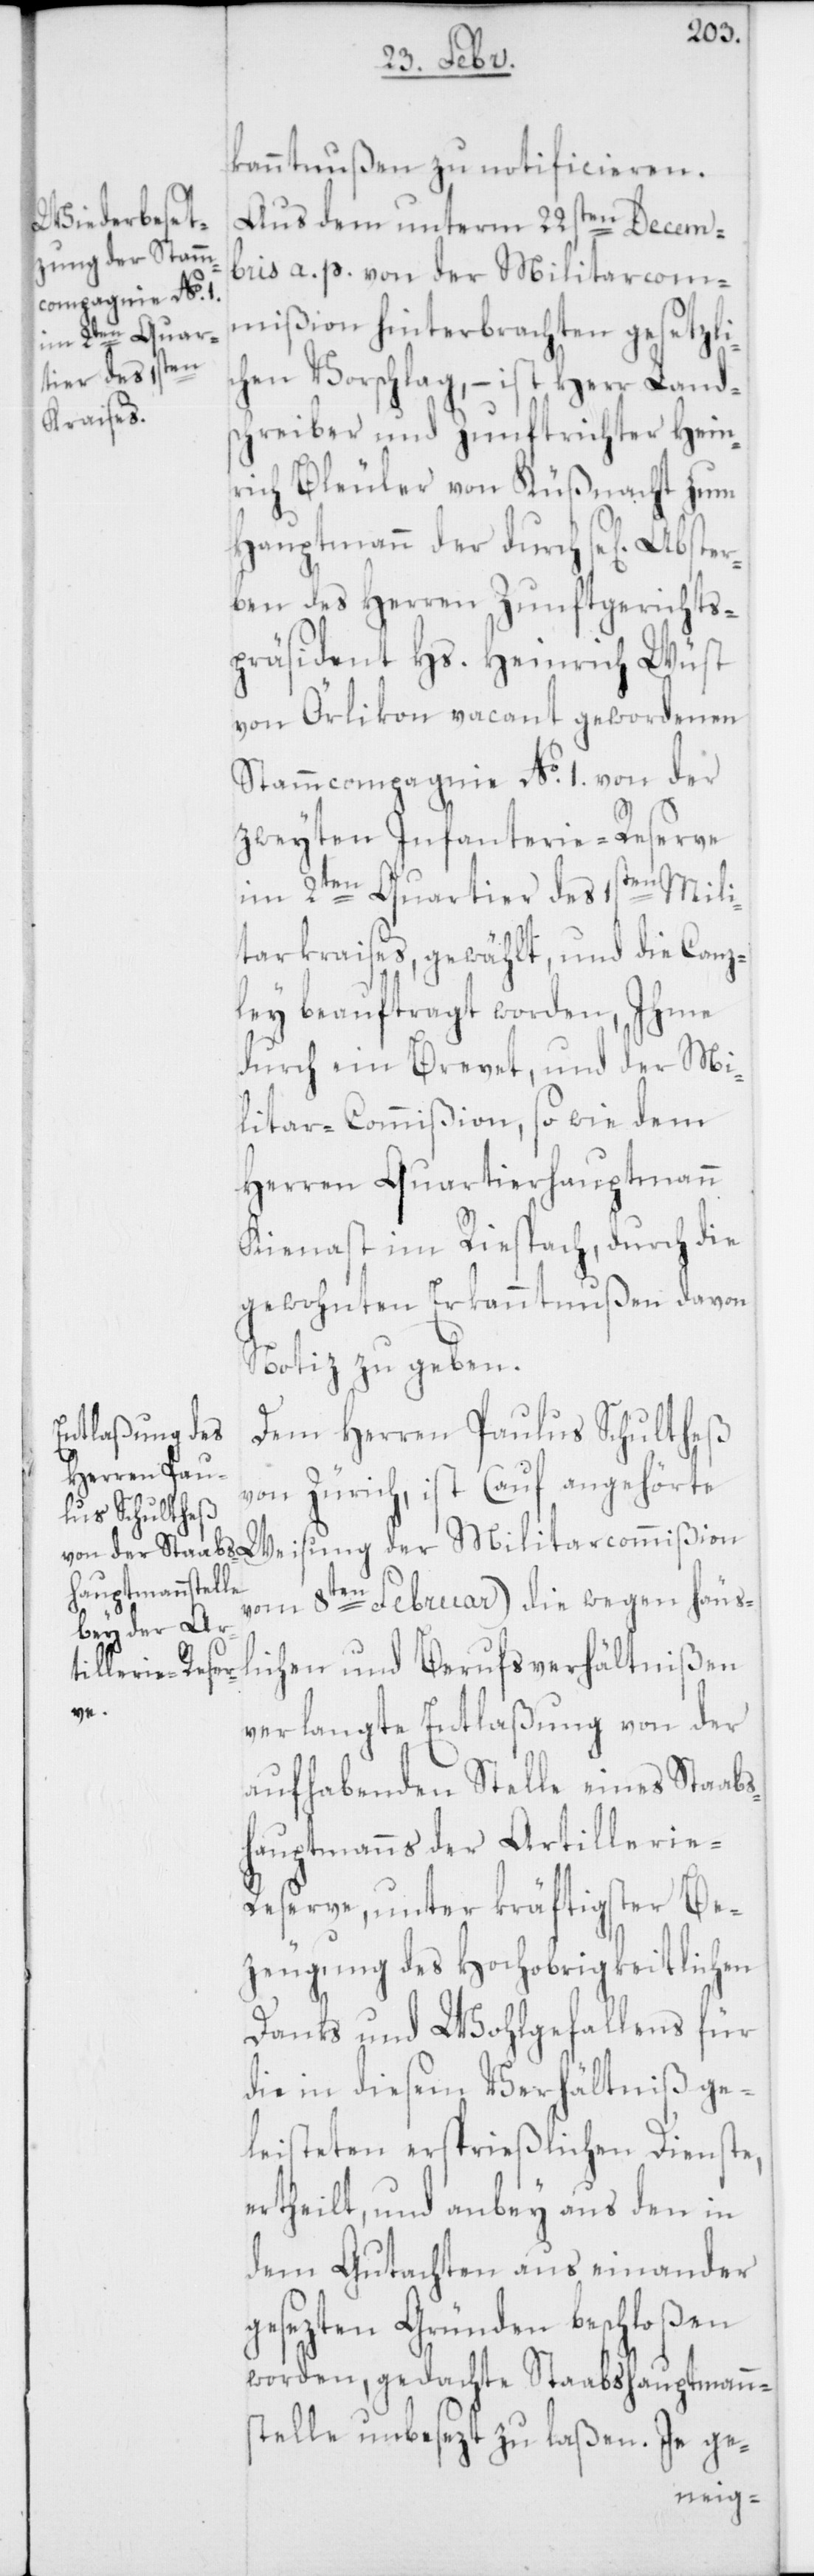
kanntnußen zu notificieren.
Aus dem unterm 22sten Decem¬
bris a. p. von der Militarcom¬
mißion hinterbrachten gesetzli¬
chen Vorschlag, – ist Herr Land¬
schreiber und Zunftrichter Hein¬
rich Bleuler von Küßnacht zum
Hauptmann der durch sel. Abster¬
ben des Herren Zunftgerichts¬
präsident Hs. Heinrich Wüst
von Örlikon vacant gewordenen
Stammcompagnie No. 1. von der
zweyten Infanterie-Reserve
im 2ten Quartier des 1sten Mili¬
tarkraises, gewählt, und die Canz¬
ley beauftragt worden, Ihme
durch ein Brevet, und der Mi¬
litar-Commißion, sowie dem
Herren Quartierhauptmann
Kienast im Riespach, durch die
gewohnten Erkanntnußen davon
Notiz zu geben.
Dem Herren Paulus Schultheß
von Zürich, ist (auf angehörte
vom 8ten Februar) die wegen häus¬
lichen und Berufsverhältnißen
der
verlangte Entlaßung von der
aufhabenden Stelle eines Stabs¬
hauptmanns der Artillerie-R¬
eserve, unter kräftigster Be¬
zeugung des hochobrigkeitlichen
Danks und Wohlgefallens für
die in diesem Verhältniß ge¬
leisteten ersprießlichen Dienste,
ertheilt, und anbey aus den in
dem Gutachten auseinander
gesezten Gründen beschloßen
worden, gedachte Stabshauptmann¬
stelle unbesezt zu laßen. Je ge-